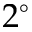
2 ^ { \circ }